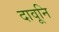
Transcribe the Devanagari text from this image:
दावूनि